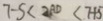
7 - 5 < 2 A D < 7 + 5